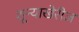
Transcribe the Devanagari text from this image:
शून्याखेरीज